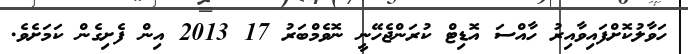
ހަވާލުކޮށްފައިވާއިރު ހާއްސަ އޮޑިޓް ކުރަންޖެހޭނީ ނޮވެމްބަރު 17 2013 އިން ފެށިގެން ކަމަށެވެ.